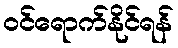
ဝင်ရောက်နိုင်ရန်